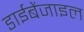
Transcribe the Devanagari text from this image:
डाईबेंजाइल